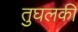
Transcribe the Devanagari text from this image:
तुघलकी